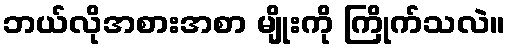
ဘယ်လိုအစားအစာ မျိုးကို ကြိုက်သလဲ။